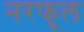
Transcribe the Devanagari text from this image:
नरफूल